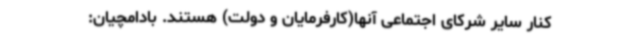
کنار سایر شرکای اجتماعی آنها(کارفرمایان و دولت) هستند. بادامچیان: